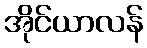
အိုင်ယာလန်